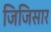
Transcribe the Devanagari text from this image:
जिजिसार